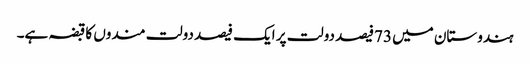
ہندوستان میں 73فیصد دولت پر ایک فیصد دولت مندوں کا قبضہ ہے۔